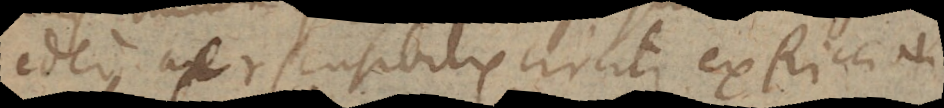
ideo aer sensibilis circiter ex Riccioli